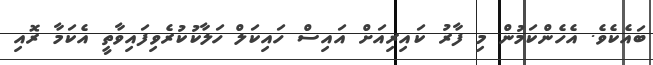
ބައެކެވެ. އެހެންކަމުން މި ފާރު ކައިރިއަށް އައިސް ހައިކަލް ހަލާކުކުރެވިފައިވާތީ އެކަމާ ރޮއި